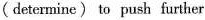
(determine) to push further